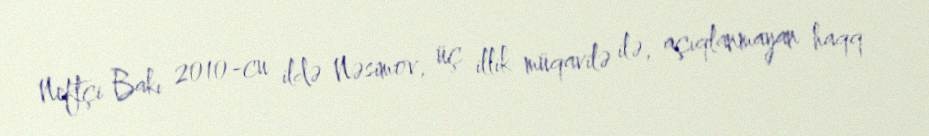
Neftçi Bakı 2010-cu ildə Nəsimov, üç illik müqavilə ilə, açıqlanmayan haqq